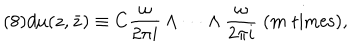
( 8 ) d \mu ( z , \bar { z } ) \equiv C \frac { \omega } { 2 \pi i } \wedge \cdots \wedge \frac { \omega } { 2 \pi i } \; ( m \; \mathrm { t i m e s } ) ,